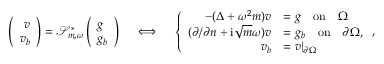
\begin{array} { r } { \left( \begin{array} { r } { v } \\ { v _ { b } } \end{array} \right) = \mathscr { S } _ { \boldsymbol { m } , \omega } ^ { * } \left( \begin{array} { l } { g } \\ { g _ { b } } \end{array} \right) \quad \iff \quad \left\{ \begin{array} { r l } { - ( \Delta + \omega ^ { 2 } { m } ) v } & { = g \quad \mathrm { o n } \quad \Omega } \\ { ( \partial / \partial n + \mathrm { i } \sqrt { m } \omega ) v } & { = g _ { b } \quad \mathrm { o n } \quad \partial \Omega , } \\ { v _ { b } } & { = v \vert _ { \partial \Omega } } \end{array} \right. , } \end{array}